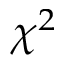
\chi ^ { 2 }